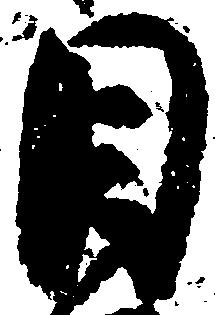
目